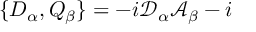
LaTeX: \{ D _ { \alpha } , Q _ { \beta } \} = - i \mathcal { D } _ { \alpha } \mathcal { A } _ { \beta } - i